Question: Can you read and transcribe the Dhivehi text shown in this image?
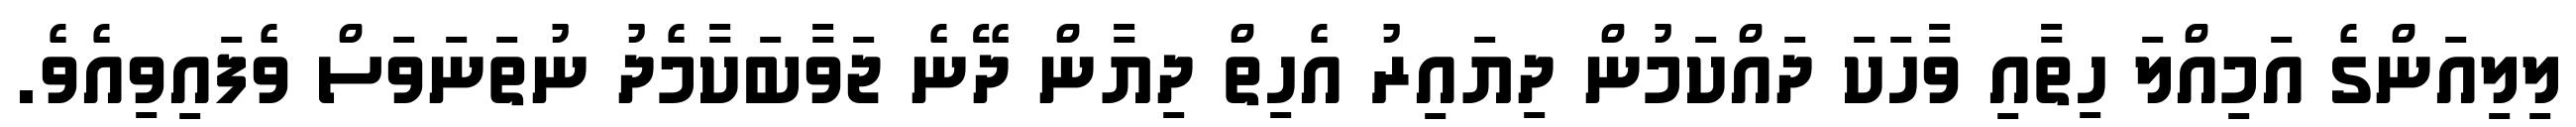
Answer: ލިލިއަންގެ އަމިއްލަ ހިތާއި ވާހަކަ ދައްކަމުން ދިޔައިރު އެހިތް ދިޔާން ދޭނެ ޖަވާބަކާމެދު ނުތަނަވަސް ވެފައިވިއެވެ.